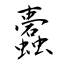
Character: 蠹